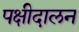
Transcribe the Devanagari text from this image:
पक्षीदालन